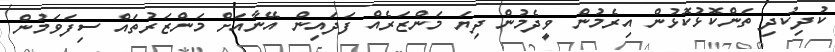
ކުދިކުދި ތަންކޮޅުކޮޅުން އިރެމުން ވީދެމުން ދިޔަ މަންޒަރެއް ފަދައިން އޭނާއަށް މަންޒަރުތައް ސިފަވަމުން